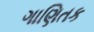
ગાણિતક